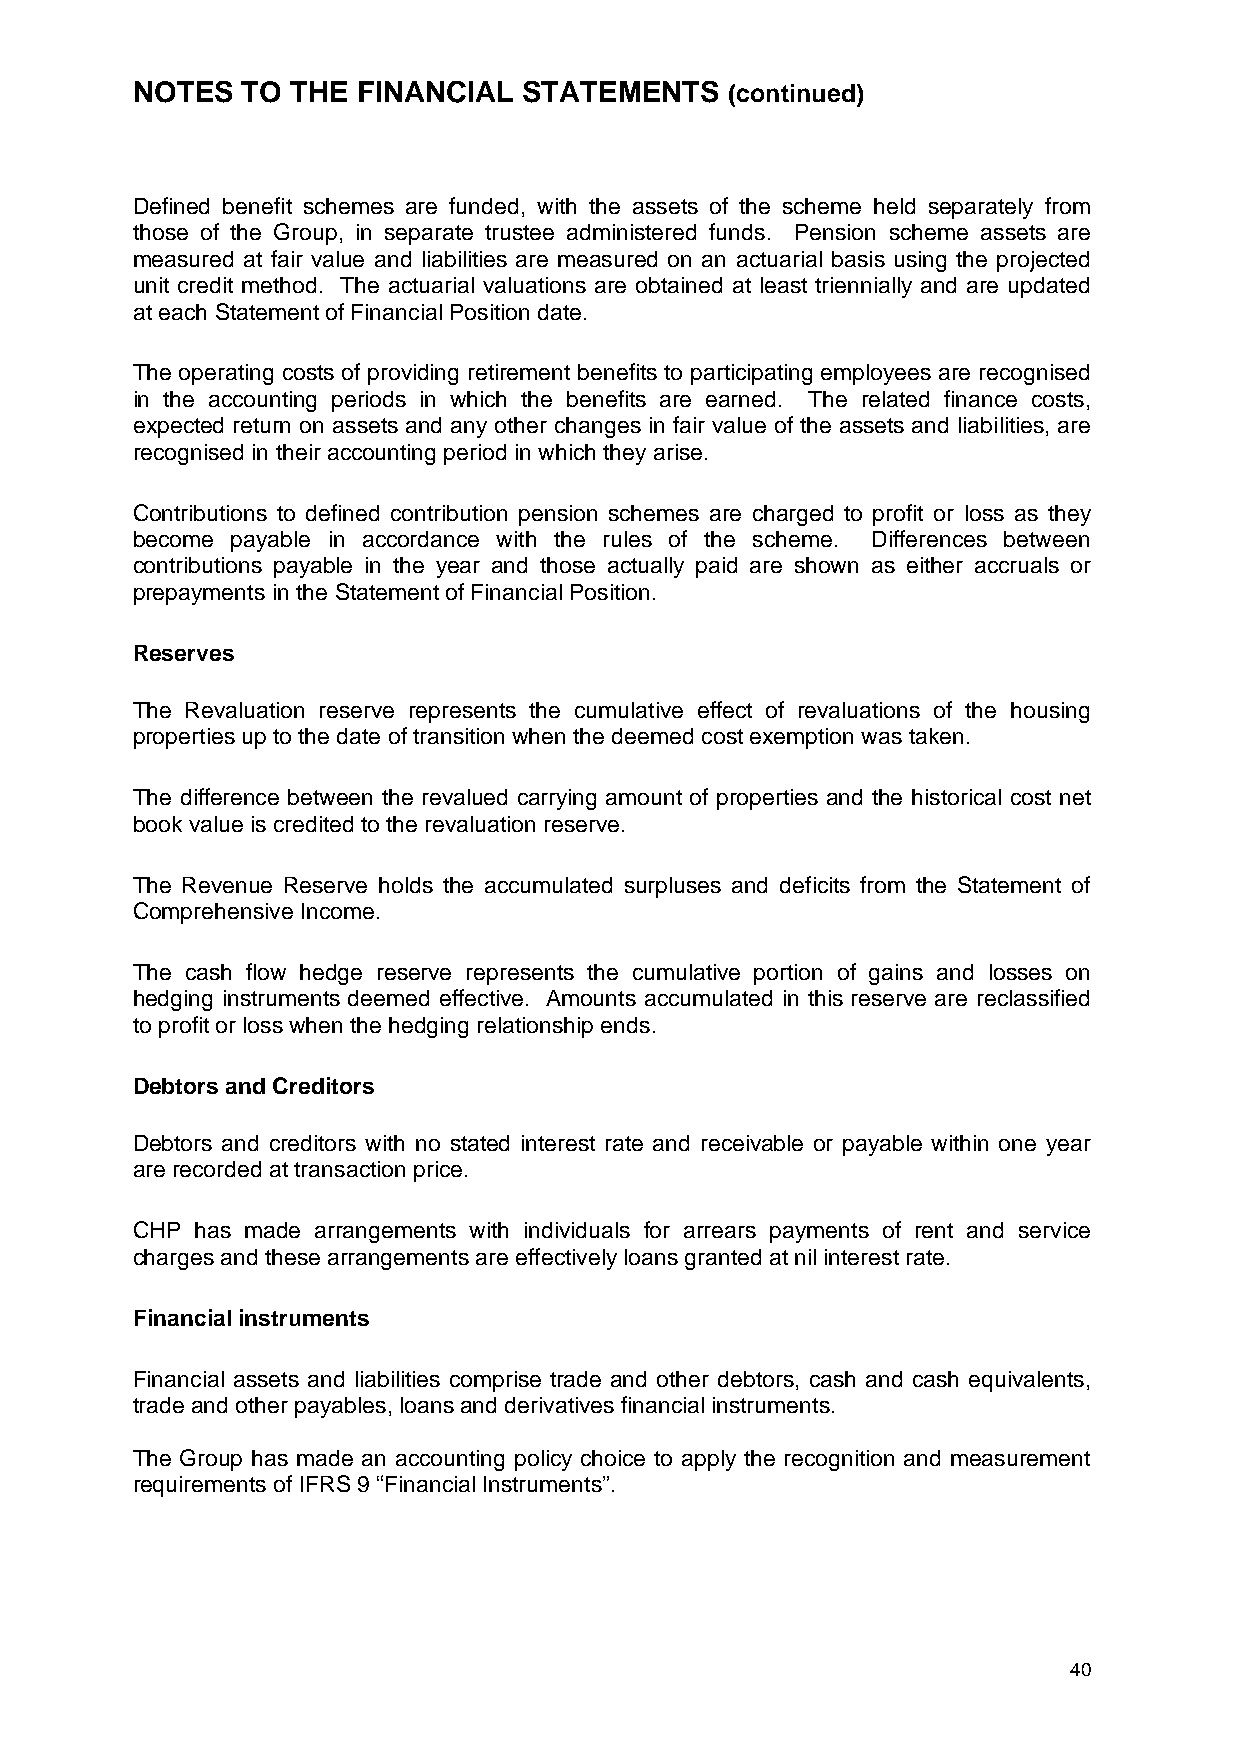
NOTES  TO THE  FINANCIAL  STATEMENTS   (continued)
 Defined benefit schemes are funded, with the assets of the scheme held separately from
 those of the Group, in separate trustee administered funds. Pension scheme assets are
 measured at fair value and liabilities are measured on an actuarial basis using the projected
 unit credit method. The actuarial valuations are obtained at least triennially and are updated
 at each Statement of Financial Position date.
 The operating costs of providing retirement benefits to participating employees are recognised
 in the accounting periods in which the benefits are earned. The related finance costs,
 expected return on assets and any other changes in fair value of the assets and liabilities, are
 recognised in their accounting period in which they arise.
 Contributions to defined contribution pension schemes are charged to profit or loss as they
 become payable in accordance with the rules of the scheme. Differences between
 contributions payable in the year and those actually paid are shown as either accruals or
 prepayments in the Statement of Financial Position.
 Reserves
 The Revaluation reserve represents the cumulative effect of revaluations of the housing
 properties up to the date of transition when the deemed cost exemption was taken.
 The difference between the revalued carrying amount of properties and the historical cost net
 book value is credited to the revaluation reserve.
 The Revenue Reserve holds the accumulated surpluses and deficits from the Statement of
 Comprehensive Income.
 The cash flow hedge reserve represents the cumulative portion of gains and losses on
 hedging instruments deemed effective. Amounts accumulated in this reserve are reclassified
 to profit or loss when the hedging relationship ends.
 Debtors and Creditors
 Debtors and creditors with no stated interest rate and receivable or payable within one year
 are recorded at transaction price.
 CHP has made arrangements with individuals for arrears payments of rent and service
 charges and these arrangements are effectively loans granted at nil interest rate.
 Financial instruments
 Financial assets and liabilities comprise trade and other debtors, cash and cash equivalents,
 trade and other payables, loans and derivatives financial instruments.
 The Group has made an accounting policy choice to apply the recognition and measurement
 requirements of IFRS 9 “Financial Instruments”.
 40